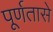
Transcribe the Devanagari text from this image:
पूर्णतासे